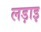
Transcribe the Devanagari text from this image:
लड़ाइ